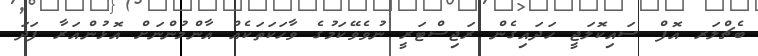
ބެޗްލަރ އޮފް ސައިކޮލަޖީ ހަދައިގެން ރަޖިސްޓަރީ ނުވެވޭކަމުގެ ވާހަކަތަކެއް އާންމުންނަށް އޮޅުންއަރާ ފަދަ